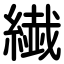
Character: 繊